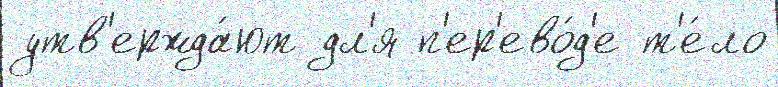
утв'ержда́ют дл'я п'ер'ево́д'е т'е́ло